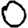
Digit: 0